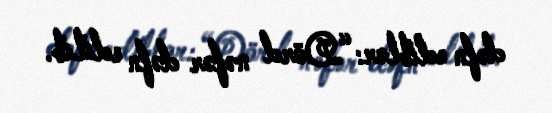
dəfn ediblər: “Dörd nəfər dəfn edilib.